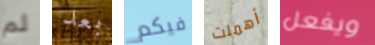
لم بعد فيكم أهملت ويفعل